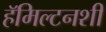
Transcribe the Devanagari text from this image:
हॅमिल्टनशी